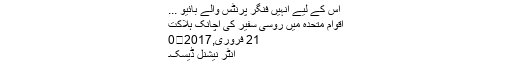
اس کے لیے انہیں فنگر پرنٹس والے بائیو ...
اقوام متحدہ میں روسی سفیر کی اچانک ہلاکت
21 فروری,2017	0
انٹر نیشنل ڈیسک۔